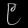
Digit: ၉